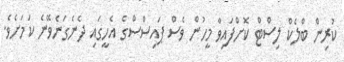
ކުރިން ބްލެކް ލިސްޓް ކޮށްފައިވާ މީހުން ވެސް ޕައިސްސްގެ އެހީގައި ދެނެގަނެވޭނެ ކަމަށެވެ.